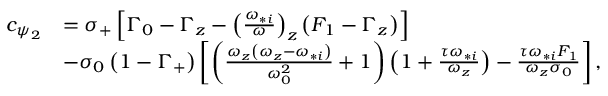
\begin{array} { r l } { c _ { \psi _ { 2 } } } & { = \sigma _ { + } \left[ \Gamma _ { 0 } - \Gamma _ { z } - \left( \frac { \omega _ { * i } } { \omega } \right) _ { z } \left( F _ { 1 } - \Gamma _ { z } \right) \right] } \\ & { - \sigma _ { 0 } \left( 1 - \Gamma _ { + } \right) \left[ \left( \frac { \omega _ { z } \left( \omega _ { z } - \omega _ { * i } \right) } { \omega _ { 0 } ^ { 2 } } + 1 \right) \left( 1 + \frac { \tau \omega _ { * i } } { \omega _ { z } } \right) - \frac { \tau \omega _ { * i } F _ { 1 } } { \omega _ { z } \sigma _ { 0 } } \right] , } \end{array}